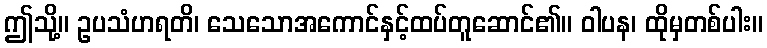
ဤသို့။ ဥပသံဟရတိ၊ သေသောအကောင်နှင့်ထပ်တူဆောင်၏။ ဝါပန၊ ထိုမှတစ်ပါး။